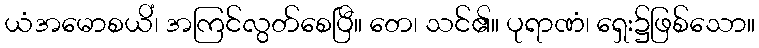
ယံအမောစယိံ၊ အကြင်လွတ်စေပြီ။ တေ၊ သင်၏။ ပုရာဏံ၊ ရှေး၌ဖြစ်သော။